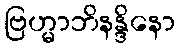
ဗြဟ္မာဘိနန္ဒိနော